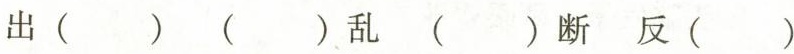
出 ( ) ( )乱 ( )断 反( )